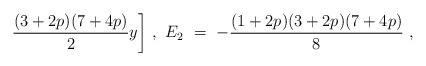
LaTeX: \begin{align*} \frac{(3+2p)(7+4p)}{2}y\bigg]\ , \ E_2\ =\ -\frac{(1+2p)(3+2p)(7+4p)}{8}\ ,\end{align*}